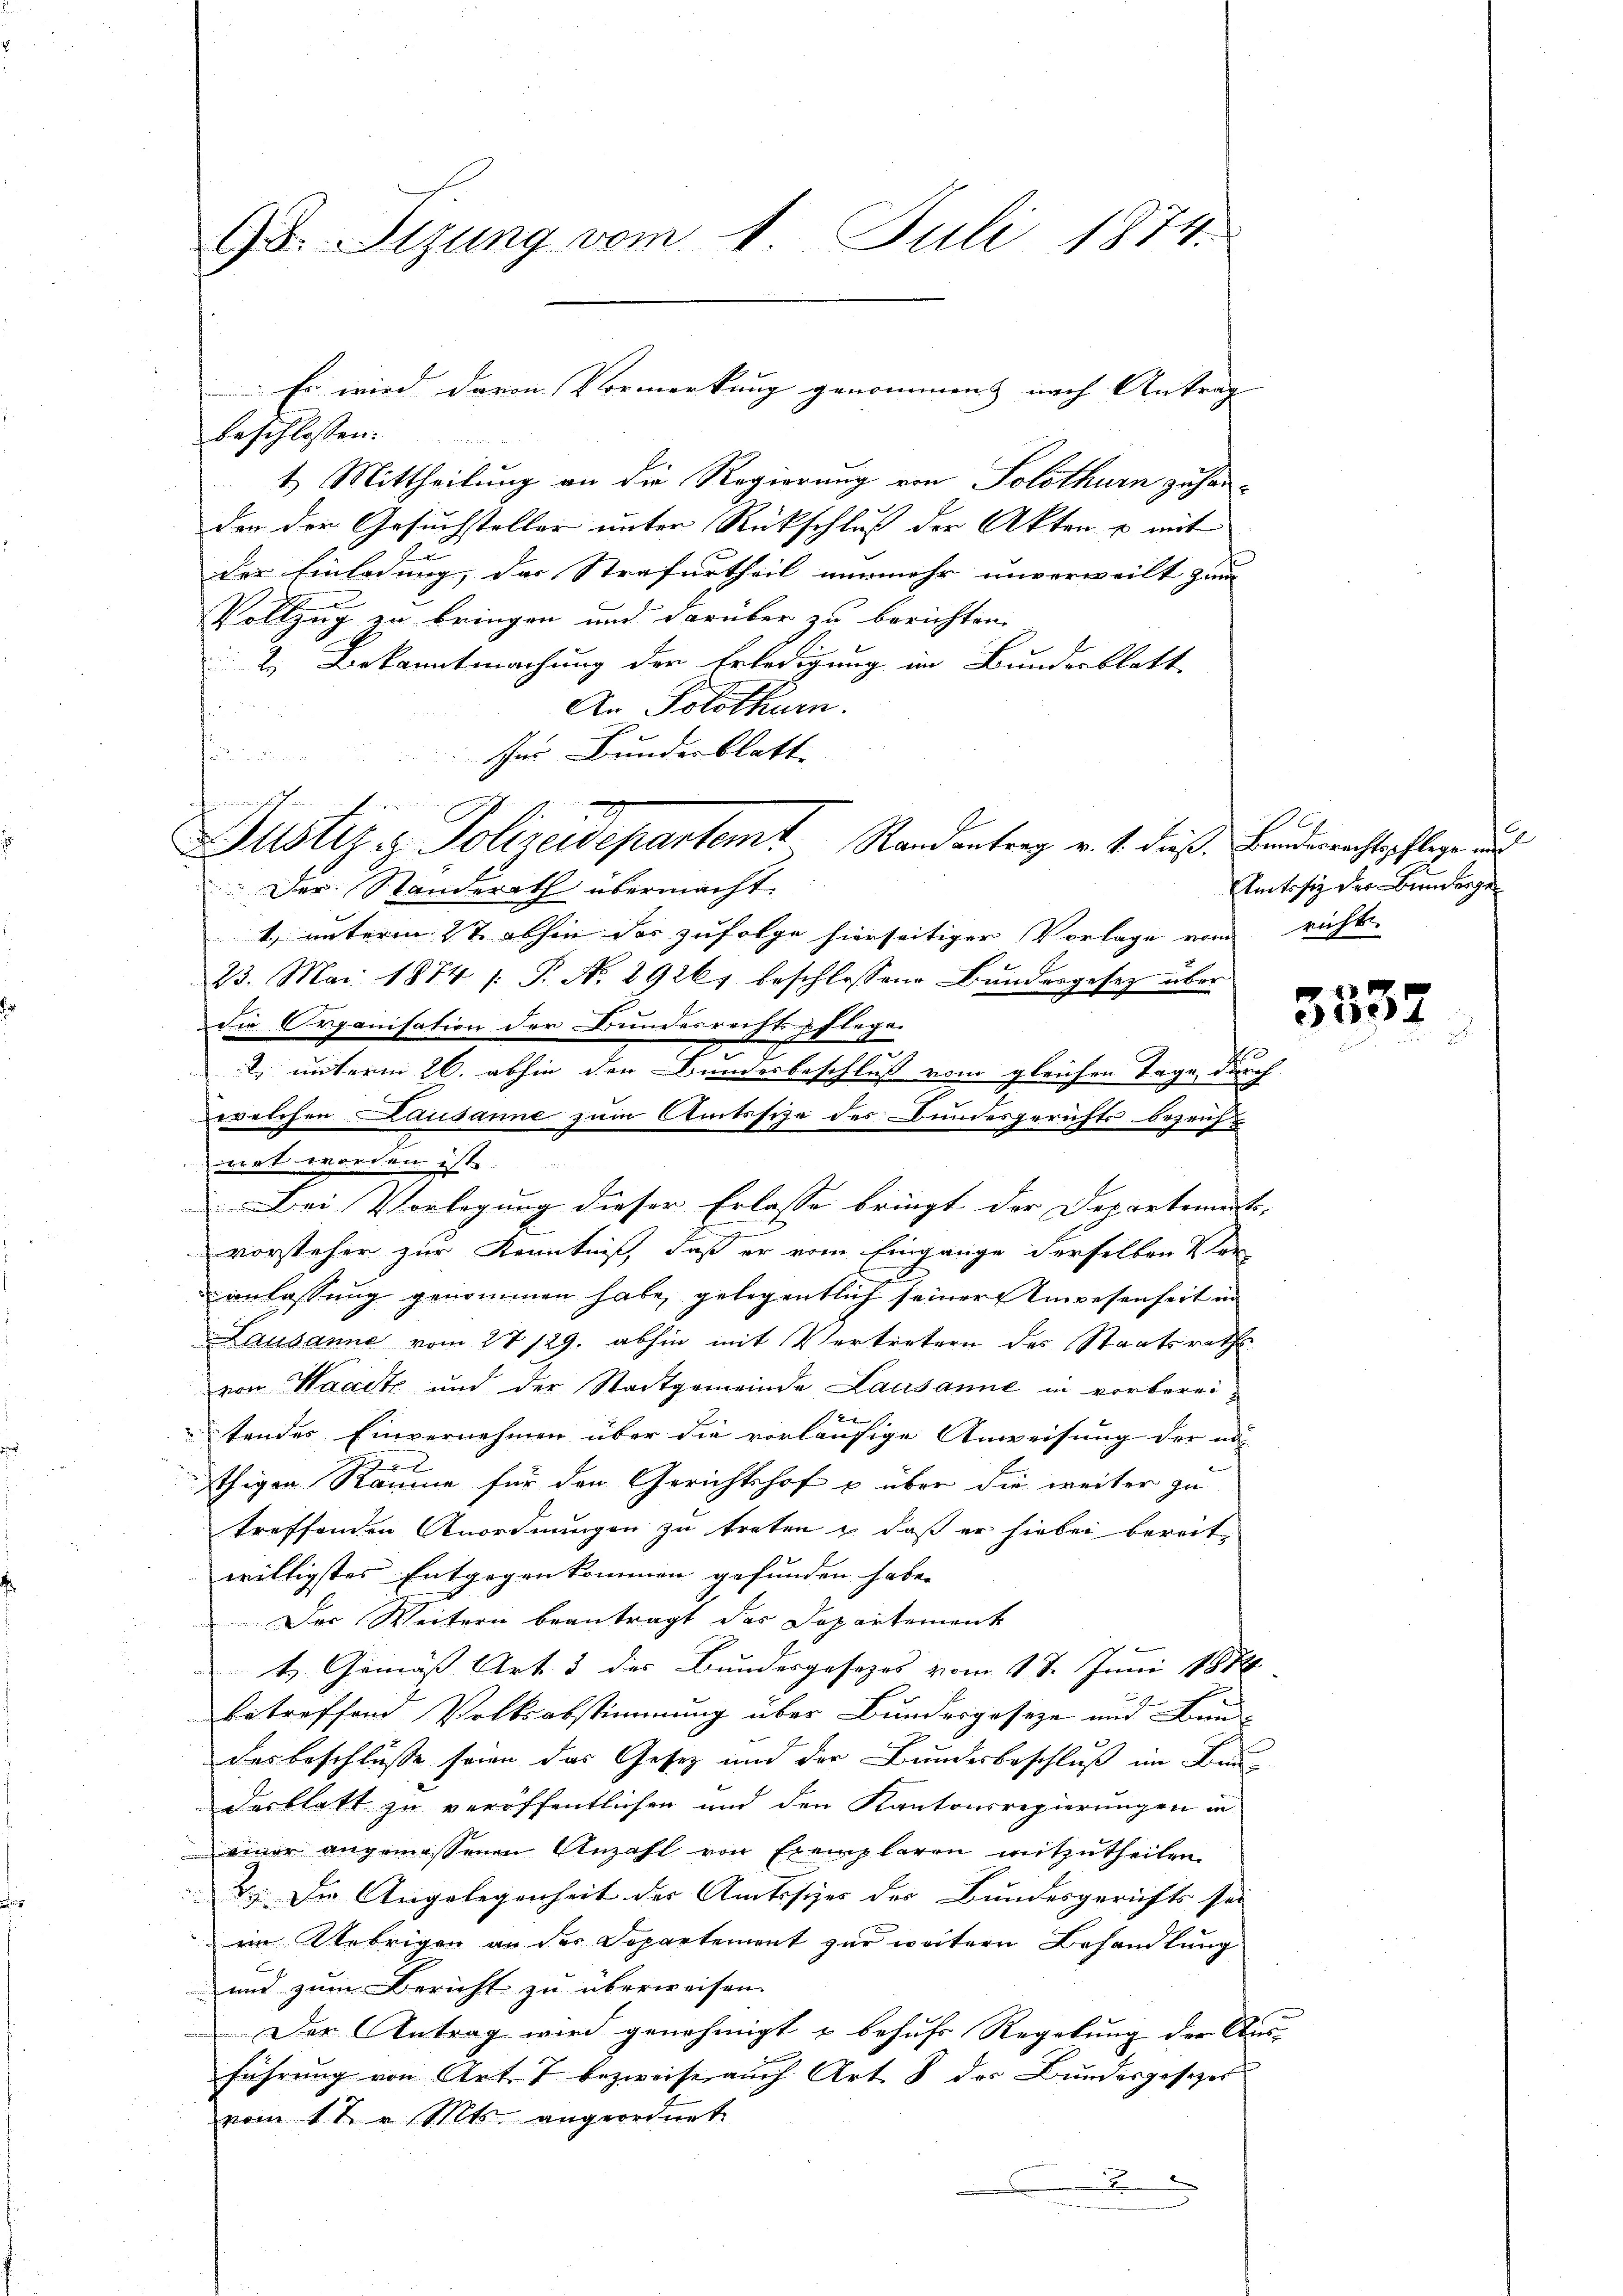
98. Sizung vom 1. Juli 1874.

beschlossen:
1.) Mittheilung an die Regierung von Solothurn zuharden der Gesuchsteller unter Rückschluß der Akten u mit
der Einladung, das Strafurtheil nunmehr unverweilt zum |
u
Vollzug zu bringen und darüber zu berichten.
2 Bekanntmachung der Erledigung im Bundesblatt
An Solothurn.
s
für Bundesblatt
heinun
Der Standerath übermacht
t. unterm ist abhin des zufolge hierseitiger Vorlage von
23. Mai 1874 /: P. No 29261 beschlossene Bŭndesgesetz über
die Organisation der Bundesrechtspflege
 unterm 26. abhin den Bundesbeschluß vom gleichen Tage durch
welchen Lausanne zum Amtssize des Bundesgerichts bezeicht
met werden ist
Ein
Bei Vorlegung dieser Erlasse bringt der Departement- |
vorsteher zur Kenntniß, daß er vom Eingange derselben Ver
anlassung genommen habe, gelegentlich seiner Anwesenheit im
Lausanne vom 27 129. abhin mit Vertretern des Staatsraths
von Waadt und der Stadtgemeinde Lausanne in vorbereitendes Einvernehmen über die vorläufige Anweisung der na- |

öthigen Räume für den Gerichtshof u über die weiter zu
treffenden Anordnungen zu treten & daß er hiebei bereit
willigstes Entgegenkommen gefunden habe.
Der Weitern beantragt das Departement
t. Gemäss Art. 3 des Bundesgesezes vom 17. Juni 1888
E
betreffend Volksabstimmung über Bundesgeseze und Baudas beschlüsse seien das Gesetz und der Bundesbeschluß im Baudesblatt zu veröffentlichen und den Kantonsregierungen in
einer angemessenen Anzahl von Exemplaren mitzŭtheilen.
. Die Angelegenheit der Amtssies des Bundesgerichts sei
im Uebrigen an der Departement zur weitern Behandlung
und zum Bericht zu überweisen.
Der Antrag wird genehmigt & behufs Regelung der Aus
führung von Art. 7 bezweife, auch Art. 8 des Bundesgesezes
vom 1 t v. Mts. angeordnet.
d

Es wird davon Vormerkung genommen nach Antrag |

2
Justiz- & Polizeidepartemt Randantrag v. 4. dieß. Bindesrechtschlage und

0
Amtssit der Bundergericht

3532